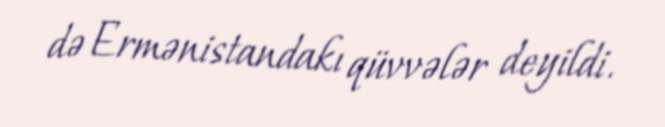
də Ermənistandakı qüvvələr deyildi.